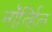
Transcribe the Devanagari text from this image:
नॉर्व्हिल